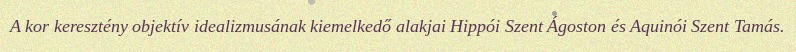
A kor keresztény objektív idealizmusának kiemelkedő alakjai Hippói Szent Ágoston és Aquinói Szent Tamás.